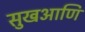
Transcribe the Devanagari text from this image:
सुखआणि